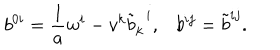
b ^ { 0 i } = \frac { 1 } { a } w ^ { i } - v ^ { k } { \tilde { b } } _ { k } ^ { \; \; i } , b ^ { i j } = { \tilde { b } } ^ { i j } .